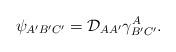
LaTeX: \begin{align*}\psi_{A'B'C'}={\cal D}_{AA'}\gamma^A_{B'C'}.\end{align*}